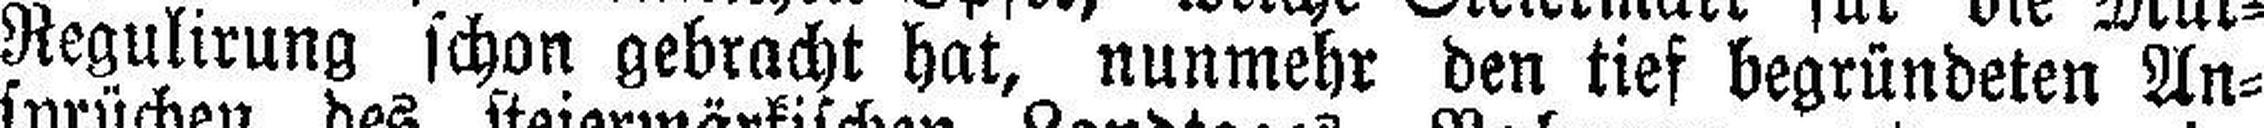
Regulirung schon gebracht hat, nunmehr den tief begründeten An¬